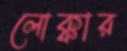
লোক্কার